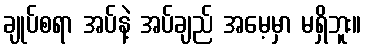
ချုပ်စရာ အပ်နဲ့ အပ်ချည် အမေ့မှာ မရှိဘူး။